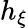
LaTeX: h_{\xi}